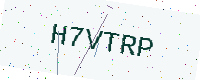
Text: H7VTRP